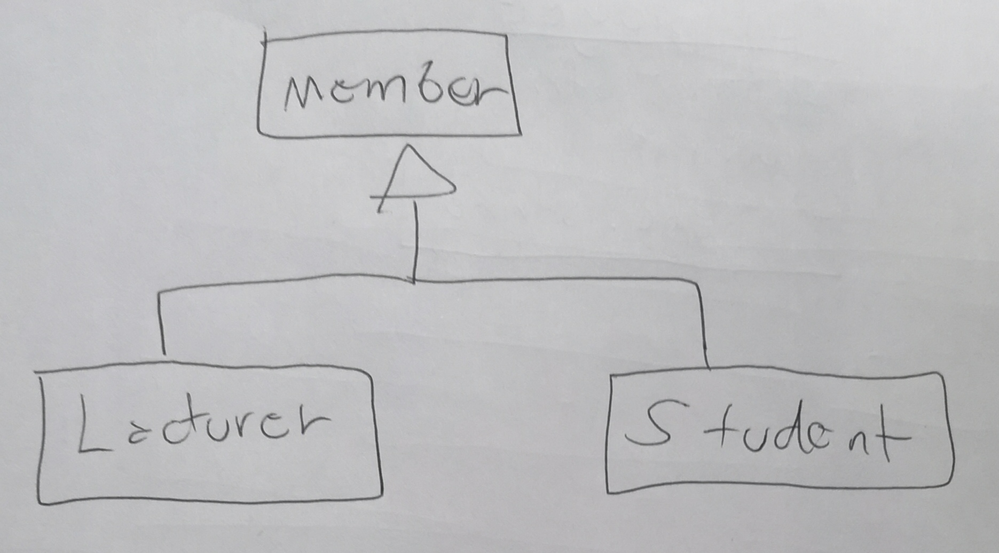
Diagram type: class_diagram
```plantuml
@startuml

skinparam groupInheritance 2

class Member
class Lecturer extends Member
class Student extends Member

@enduml
```